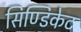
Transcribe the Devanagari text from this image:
सिण्डिकेट